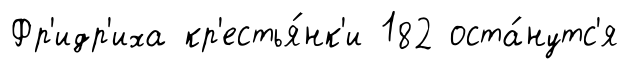
Фр'идр'иха кр'естья́нк'и 182 оста́нутс'я